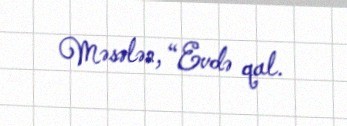
Məsələn, “Evdə qal.